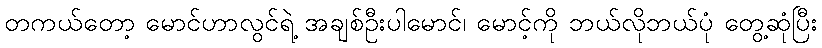
တကယ်တော့ မောင်ဟာလွင်ရဲ့ အချစ်ဦးပါမောင်၊ မောင့်ကို ဘယ်လိုဘယ်ပုံ တွေ့ဆုံပြီး